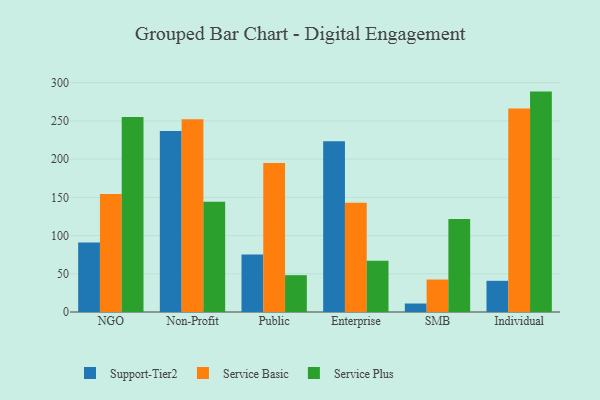
{"axis": {"x": "Segment", "y": "Population (Million)"}, "legend": ["Service Basic", "Service Plus", "Support-Tier2"], "data": [{"x": "NGO", "y": 90.9, "type": "Support-Tier2"}, {"x": "NGO", "y": 154.5, "type": "Service Basic"}, {"x": "NGO", "y": 255.0, "type": "Service Plus"}, {"x": "Non-Profit", "y": 237.0, "type": "Support-Tier2"}, {"x": "Non-Profit", "y": 252.2, "type": "Service Basic"}, {"x": "Non-Profit", "y": 144.3, "type": "Service Plus"}, {"x": "Public", "y": 75.2, "type": "Support-Tier2"}, {"x": "Public", "y": 194.9, "type": "Service Basic"}, {"x": "Public", "y": 48.2, "type": "Service Plus"}, {"x": "Enterprise", "y": 223.5, "type": "Support-Tier2"}, {"x": "Enterprise", "y": 142.8, "type": "Service Basic"}, {"x": "Enterprise", "y": 67.1, "type": "Service Plus"}, {"x": "SMB", "y": 11.1, "type": "Support-Tier2"}, {"x": "SMB", "y": 42.5, "type": "Service Basic"}, {"x": "SMB", "y": 121.8, "type": "Service Plus"}, {"x": "Individual", "y": 40.8, "type": "Support-Tier2"}, {"x": "Individual", "y": 266.3, "type": "Service Basic"}, {"x": "Individual", "y": 288.4, "type": "Service Plus"}]}